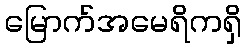
မြောက်အမေရိကရှိ